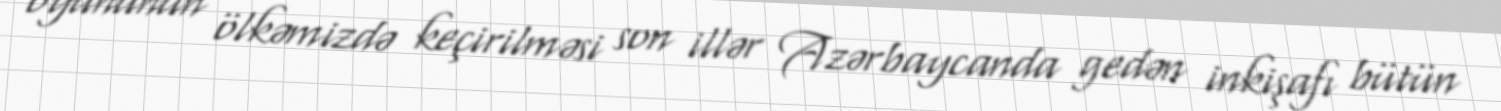
oyununun ölkəmizdə keçirilməsi son illər Azərbaycanda gedən inkişafı bütün